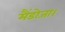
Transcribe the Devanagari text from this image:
मैंडोजा।